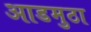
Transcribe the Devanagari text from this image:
आडमुठा